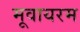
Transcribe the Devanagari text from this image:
मूवायरम